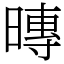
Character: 暷